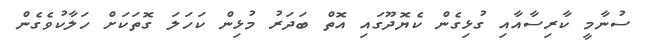
ސުނާމީ ކާރިސާއާއި ގުޅިގެން ކެޔޮދޫގައި އޮތް ބަދަރު މުޅިން ކަހަލަ ގޮތަކަށް ހަލާކުވެގެން